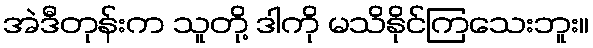
အဲဒီတုန်းက သူတို့ ဒါကို မသိနိုင်ကြသေးဘူး။